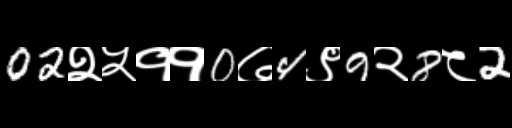
Text: 02२५११0७4९9२8८2